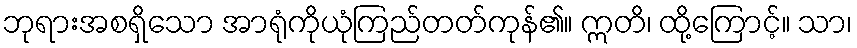
ဘုရားအစရှိသော အာရုံကိုယုံကြည်တတ်ကုန်၏။ ဣတိ၊ ထို့ကြောင့်။ သာ၊